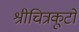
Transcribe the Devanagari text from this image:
श्रीचित्रकूटो